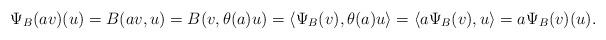
LaTeX: \begin{align*} \Psi_{B}(av)(u)=B(av,u)=B(v,\theta(a)u)=\langle \Psi_{B}(v),\theta(a)u\rangle =\langle a\Psi_{B}(v),u\rangle= a\Psi_{B}(v)(u).\end{align*}